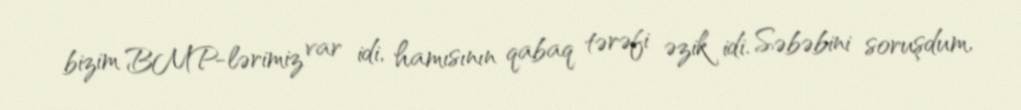
bizim BMP-lərimiz var idi, hamısının qabaq tərəfi əzik idi. Səbəbini soruşdum,